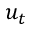
u _ { t }